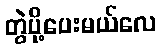
တွဲပို့ပေးမယ်လေ